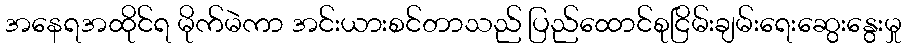
အနေရအထိုင်ရ မိုက်မဲကာ အင်းယားစင်တာသည် ပြည်ထောင်စုငြိမ်းချမ်းရေးဆွေးနွေးမှု